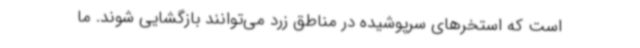
است که استخرهای سرپوشیده در مناطق زرد می‌توانند بازگشایی شوند. ما